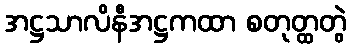
အဋ္ဌသာလိနီအဋ္ဌကထာ စတုတ္ထတွဲ